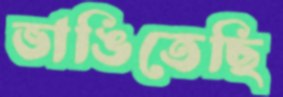
ভাঙিতেছি